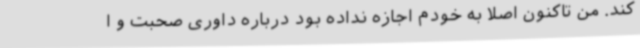
کند. من تاکنون اصلا به خودم اجازه نداده بود درباره داوری صحبت و ا